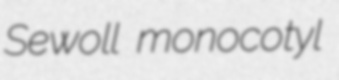
Sewoll monocotyl